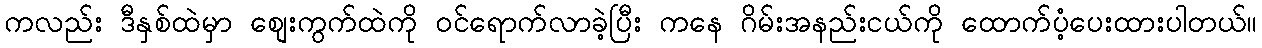
ကလည်း ဒီနှစ်ထဲမှာ စျေးကွက်ထဲကို ဝင်ရောက်လာခဲ့ပြီး ကနေ ဂိမ်းအနည်းငယ်ကို ထောက်ပံ့ပေးထားပါတယ်။